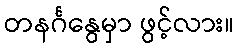
တနင်္ဂနွေမှာ ဖွင့်လား။